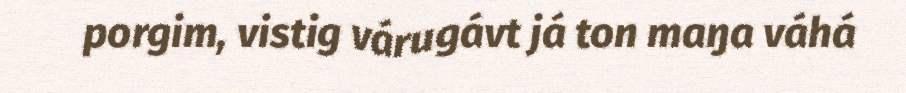
porgim, vistig várugávt já ton maŋa váhá